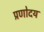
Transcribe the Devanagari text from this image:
प्रणोदय